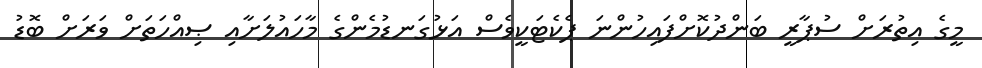
މީގެ އިތުރަށް ސުޕާރީ ބަންދުކޮށްފައިހުންނަ ޕެކެޓަކީވެސް އަޅުގަނޑުމެންގެ މާހައުލަށާއި ޞިއްހަތަށް ވަރަށް ބޮޑު